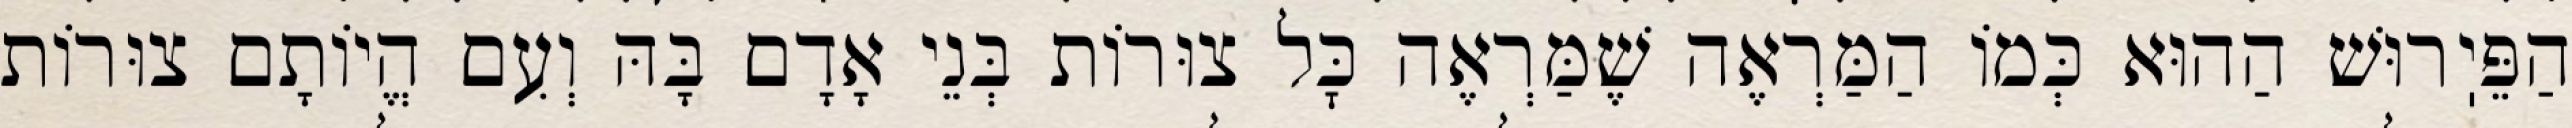
הַפֵּיֽרוּשׁ הַהוּא כְּמוֹ הַמַּרְאֶה שֶׁמַּרְאֶה כׇּל צוּרוֹת בְּנֵי אָדָם בָּהּ וְעִם הֱיוֹתָם צוּרוֹת